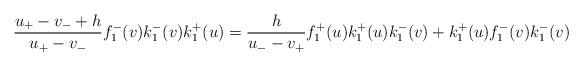
LaTeX: \begin{align*}\frac{u_{+}-v_{-}+h}{u_{+}-v_{-}}f_{1}^{-}(v)k_{1}^{-}(v)k_{1}^{+}(u)=\frac{h}{u_{-}-v_{+}}f_{1}^{+}(u)k_{1}^{+}(u)k_{1}^{-}(v)+k_{1}^{+}(u)f_{1}^{-}(v)k_{1}^{-}(v)\end{align*}